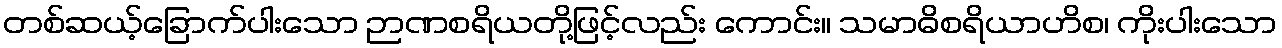
တစ်ဆယ့်ခြောက်ပါးသော ဉာဏစရိယတို့ဖြင့်လည်း ကောင်း။ သမာဓိစရိယာဟိစ၊ ကိုးပါးသော